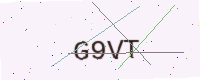
Text: G9VT